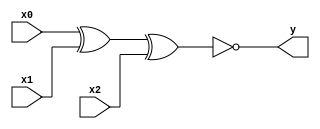
module xnor_gate(y, x0, x1, x2);
	output y;
	input x0, x1, x2;
		
	assign y = ~(x0 ^ x1 ^ x2);
endmodule